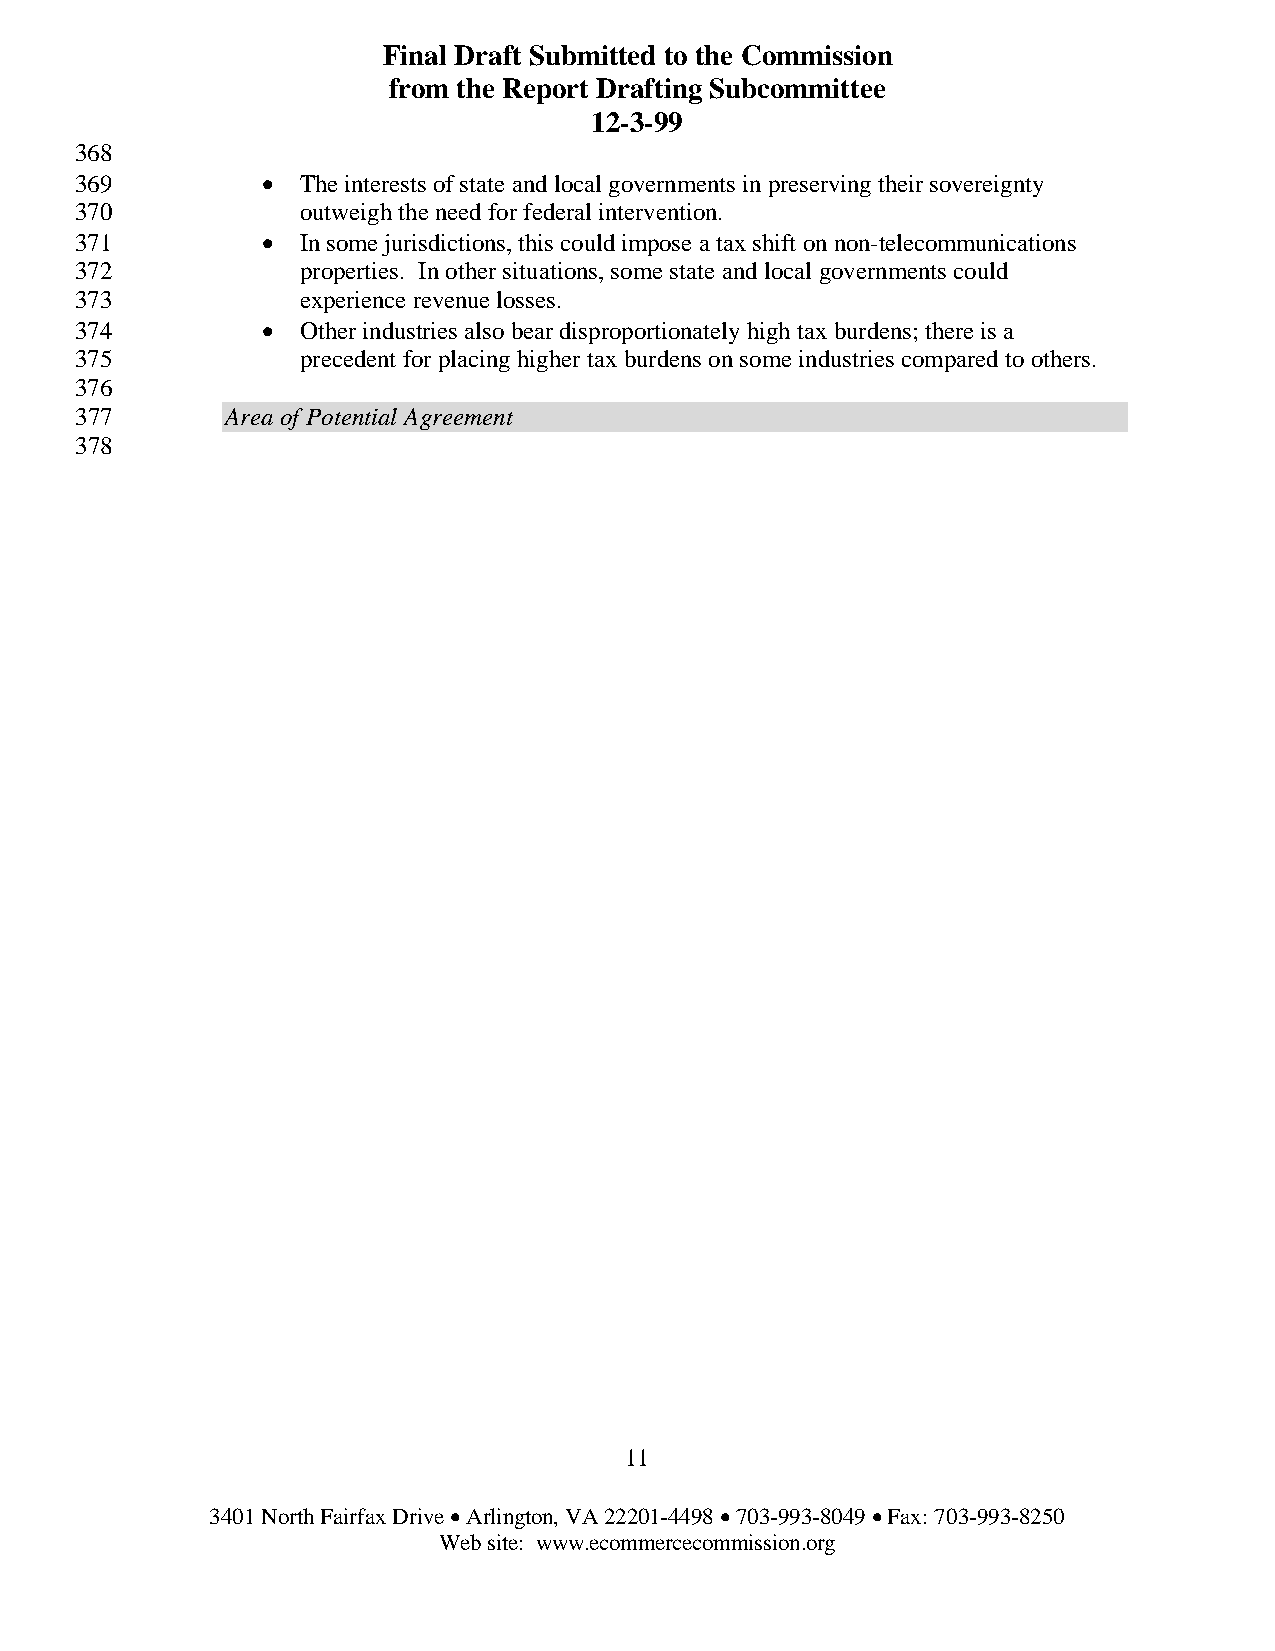
Final Draft Submitted to the Commission
 from the Report Drafting Subcommittee
 12-3-99
 368
 369         •  The interests of state and local governments in preserving their sovereignty
 370            outweigh the need for federal intervention.
 371         •  In some jurisdictions, this could impose a tax shift on non-telecommunications
 372            properties. In other situations, some state and local governments could
 373            experience revenue losses.
 374         •  Other industries also bear disproportionately high tax burdens; there is a
 375            precedent for placing higher tax burdens on some industries compared to others.
 376
 377       Area of Potential Agreement
 378
 11
 3401 North Fairfax Drive • Arlington, VA 22201-4498 • 703-993-8049 • Fax: 703-993-8250
 Web site: www.ecommercecommission.org